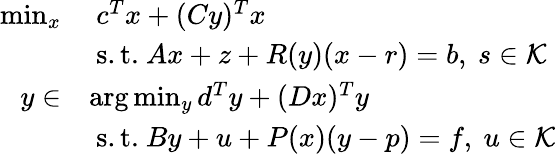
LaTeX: \begin{array}{rl}{\operatorname*{min}_{x}}&{~c^{T}x+(Cy)^{T}x}\\ &{~\mathrm{s.t.}~Ax+z+R(y)(x-r)=b,~s\in\mathcal{K}}\\ {y\in}&{\arg\operatorname*{min}_{y}d^{T}y+(Dx)^{T}y}\\ &{~\mathrm{s.t.}~By+u+P(x)(y-p)=f,~u\in\mathcal{K}}\end{array}